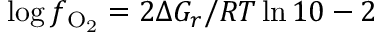
\log f _ { \mathrm { O _ { 2 } } } = 2 \Delta G _ { r } / { \cal R } T \ln { 1 0 } - 2